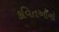
કવિતઓનો